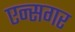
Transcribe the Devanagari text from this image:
एन्सगर